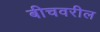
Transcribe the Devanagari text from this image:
बीचवरील